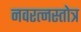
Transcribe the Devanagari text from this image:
नवरत्नस्तोत्र